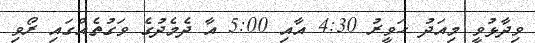
ވިދާޅުވީ މިއަދު ހަވީރު 4:30 އާއި 5:00 އާ ދެމެދުގެ ވަގުތެއްގައި ރޯވި